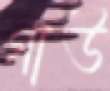
গাউ